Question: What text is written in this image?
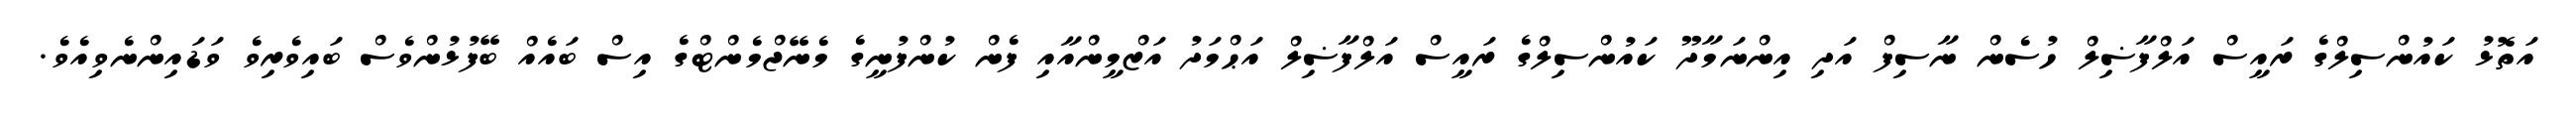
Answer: އަތޮޅު ކައުންސިލްގެ ރައީސް އަލްފާޟިލް ހުސެން ނާސިފް އަދި އިންނަމާދޫ ކައުންސިލްގެ ރައީސް އަލްފާޟިލް އަޙްމަދު އަޒްމީންއާއި ފެން ކުންފުނީގެ މެނޭޖްމެންޓްގެ އިސް ބައެއް ބޭފުޅުންވެސް ބައިވެރިވެ ވަޑައިންނެވިއެވެ.